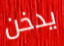
يدخن